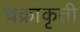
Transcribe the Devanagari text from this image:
चक्राकृती